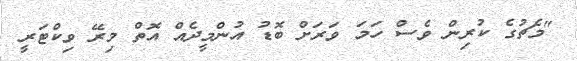
"މެޗުގެ ކުރިން ވެސް ހަމަ ވަރަށް ބޮޑު އުންމީދެއް އޮތް މިރޭ ވިކްޓަރީ